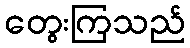
တွေးကြသည်